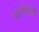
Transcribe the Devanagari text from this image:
पाठनिश्चिती